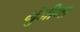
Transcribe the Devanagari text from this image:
भुंजीथा